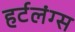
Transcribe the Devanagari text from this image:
हर्टलंग्स